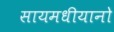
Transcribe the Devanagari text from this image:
सायमधीयानो